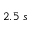
2 . 5 \; s